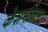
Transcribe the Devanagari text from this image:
केशमोजन